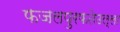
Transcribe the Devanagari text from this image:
फजलपुरफतेउल्ला